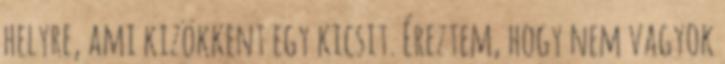
helyre, ami kizökkent egy kicsit. Éreztem, hogy nem vagyok